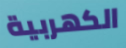
الكهربية